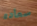
سعاده